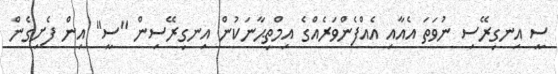
ސީ އިނގިރޭސި ނުވަތަ އެއާއި އެއްފެންވަރެއްގެ އިމްތިޙާނަކުން އިނގިރޭސިން "ސީ" އިން ފެށިގެން